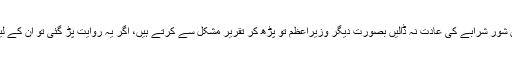
عمران خان نے یہ بھی کہا کہ ’’حکومتی ارکان شور شرابے کی عادت نہ ڈالیں بصورت دیگر وزیراعظم تو پڑھ کر تقریر مشکل سے کرتے ہیں، اگر یہ روایت پڑ گئی تو ان کے لیے پارلیمنٹ میں بات کرنا مشکل ہوجائے گا‘‘۔